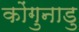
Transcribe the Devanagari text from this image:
कोंगुनाडु